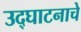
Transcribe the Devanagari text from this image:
उद्‌घाटनाचे